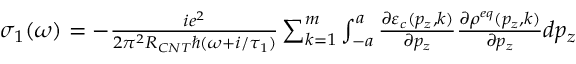
\begin{array} { r } { \sigma _ { 1 } ( \omega ) = - \frac { i e ^ { 2 } } { 2 \pi ^ { 2 } R _ { C N T } \hbar ( \omega + i / \tau _ { 1 } ) } \sum _ { k = 1 } ^ { m } \int _ { - a } ^ { a } \frac { \partial \varepsilon _ { c } ( p _ { z } , k ) } { \partial p _ { z } } \frac { \partial \rho ^ { e q } ( p _ { z } , k ) } { \partial p _ { z } } d p _ { z } } \end{array}